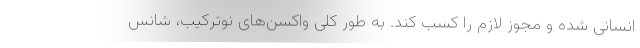
انسانی شده و مجوز لازم را کسب کند. به طور کلی واکسن‌های نوترکیب، شانس